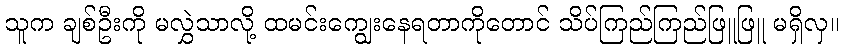
သူက ချစ်ဦးကို မလွှဲသာလို့ ထမင်းကျွေးနေရတာကိုတောင် သိပ်ကြည်ကြည်ဖြူဖြူ မရှိလှ။